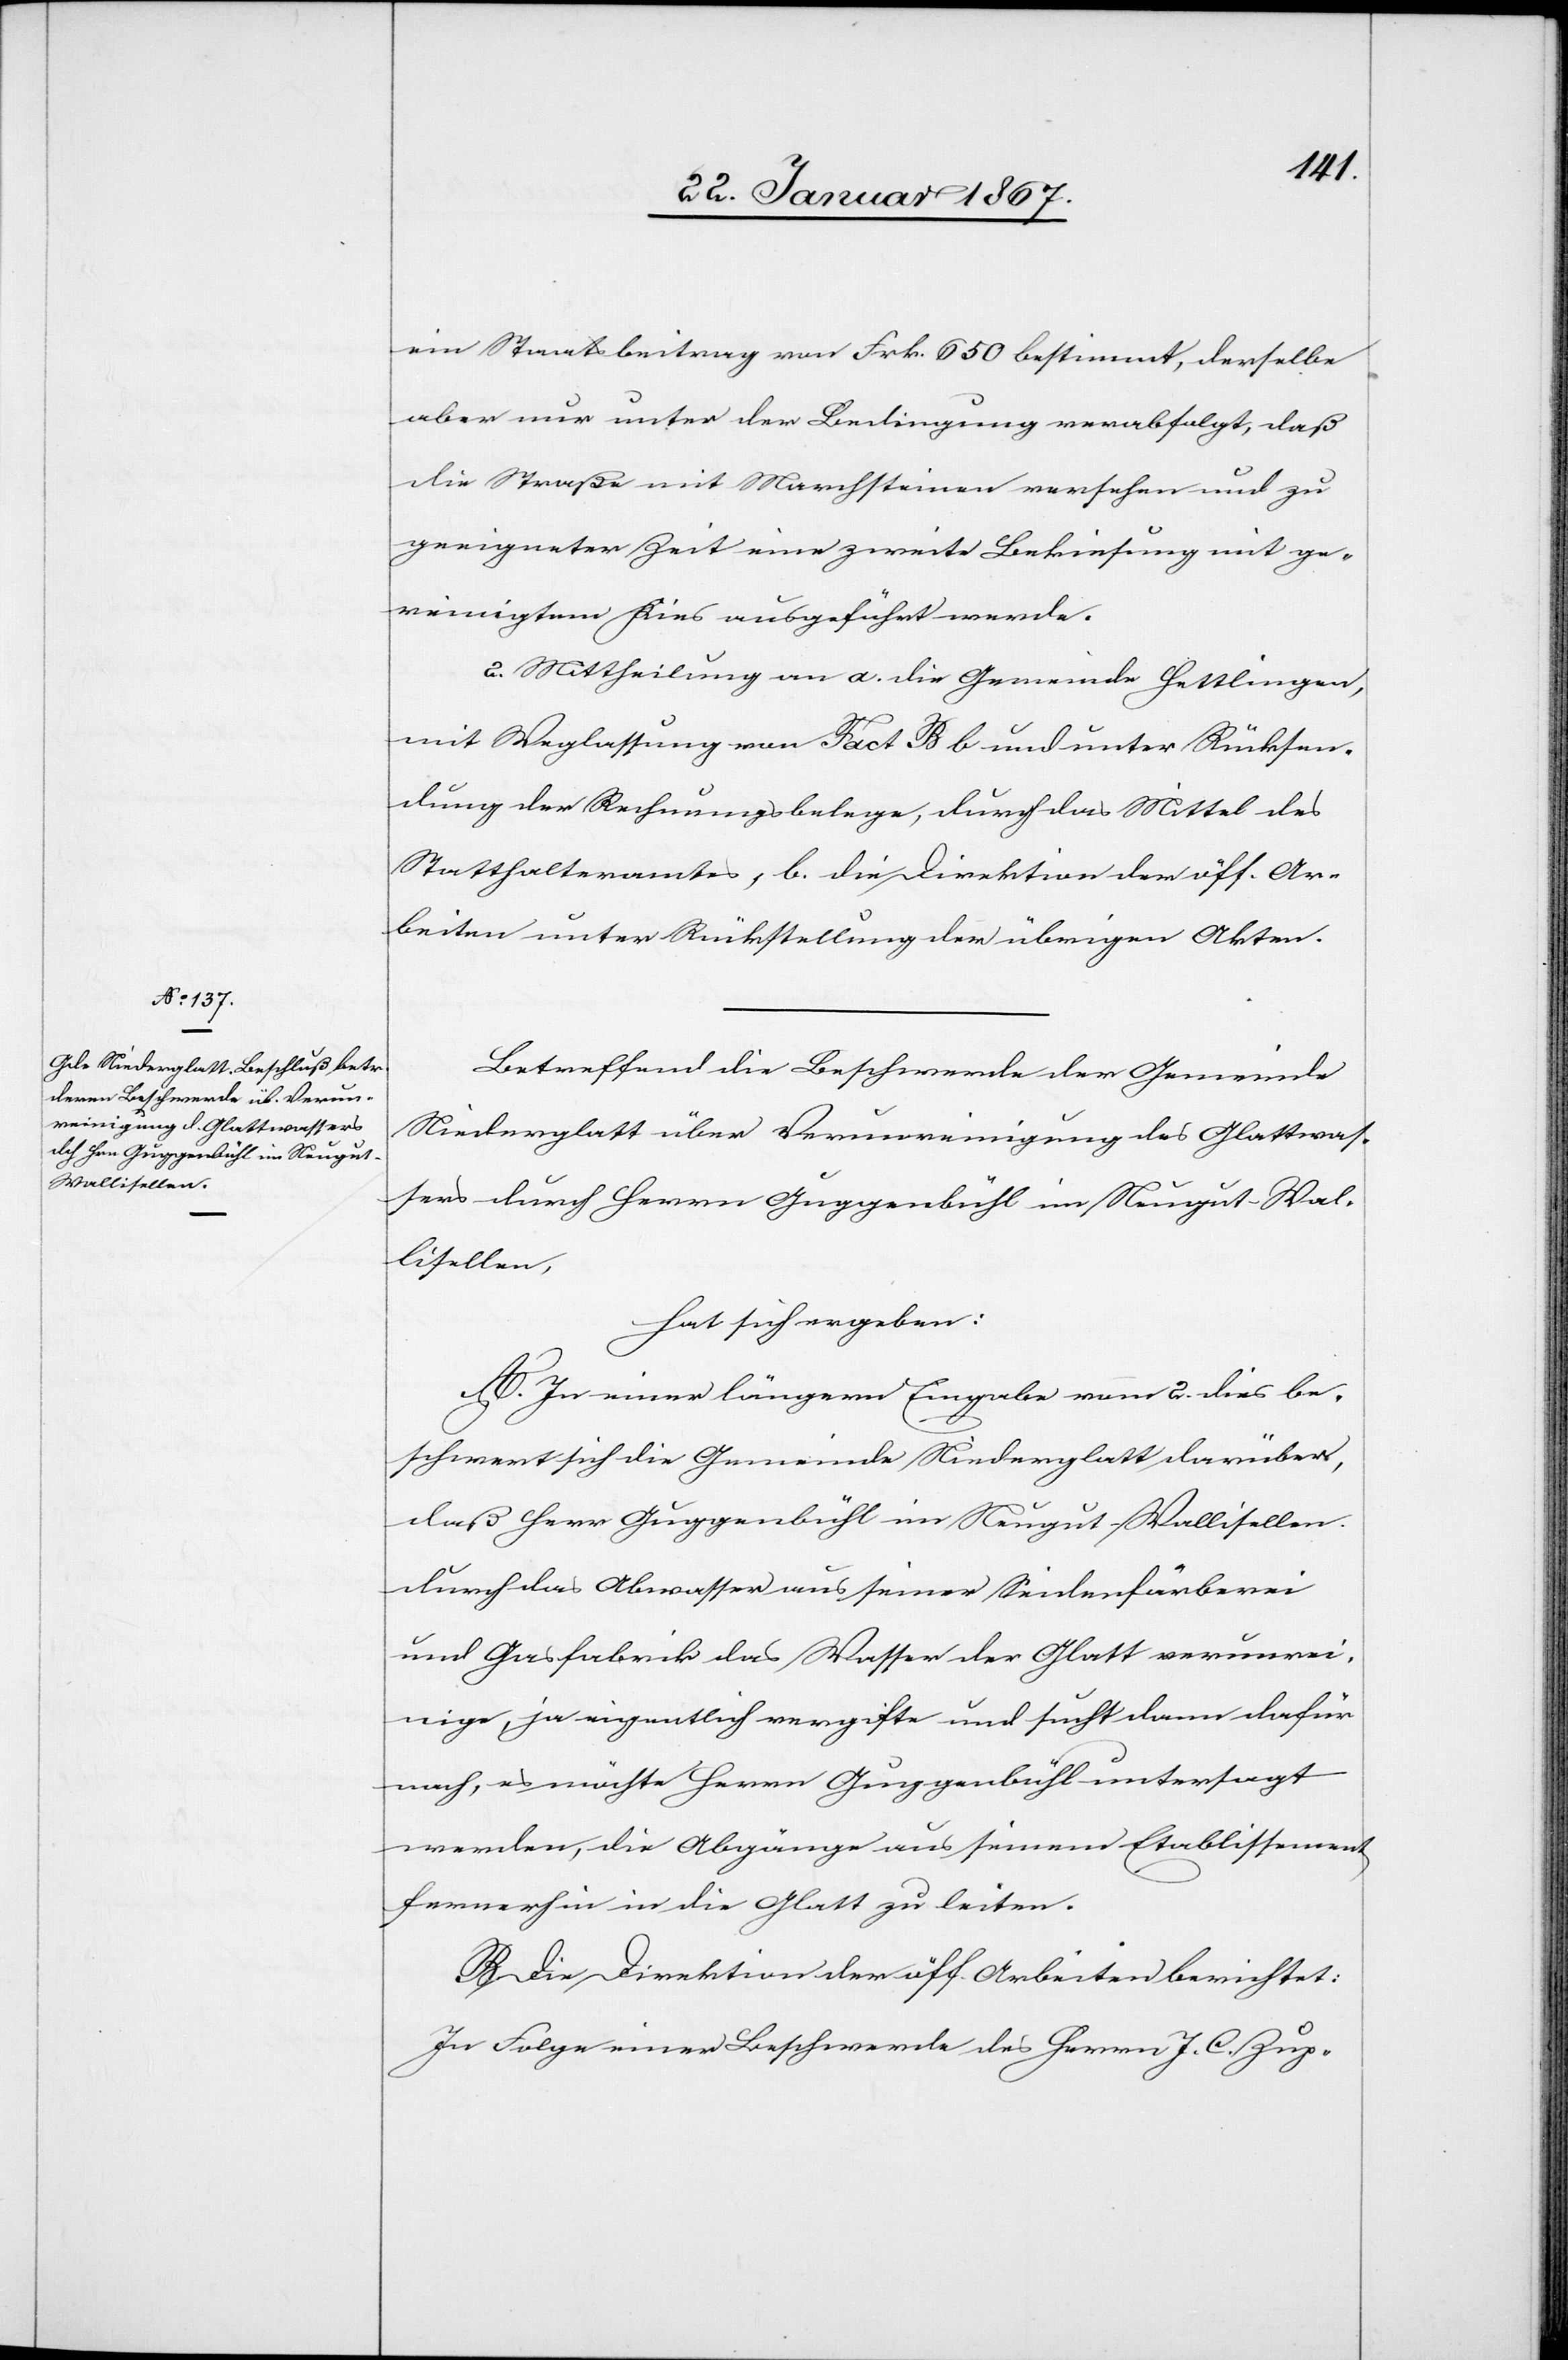
ein Staatsbeitrag von Frk. 650 bestimmt, derselbe
aber nur unter der Bedingung verabfolgt, daß
die Straße mit Marchsteinen versehen und zu
geeigneter Zeit eine zweite Bekiesung mit ge¬
reinigtem Kies ausgeführt werde.
2. Mittheilung an a. die Gemeinde Hettlingen,
mit Weglassung von Fact B b und unter Rücksen¬
dung der Rechnungsbelege, durch das Mittel des
Statthalteramtes, b. die Direktion der öff. Ar¬
beiten unter Rückstellung der übrigen Akten.
Betreffend die Beschwerde der Gemeinde
Niederglatt über Verunreinigung des Glattwas¬
sers durch Herrn Guggenbühl im Neugut - Wal¬
lisellen,
hat sich ergeben:
A. In einer längeren Eingabe vom 2. dies be¬
schwert sich die Gemeinde Niederglatt darüber,
daß Herr Guggenbühl im Neugut - Wallisellen
durch das Abwasser aus seiner Seidenfärberei
und Gasfabrik das Wasser der Glatt verunrei¬
nige, ja eigentlich vergifte und sucht dann dafür
nach, es möchte Herrn Guggenbühl untersagt
werden, die Abgänge aus seinem Etablissement
fernerhin in die Glatt zu leiten.
B. Die Direktion der öff. Arbeiten berichtet:
In Folge einer Beschwerde des Herrn J. C. Zup-